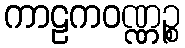
ကာဠကဝဏ္ဏဉ္စ